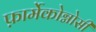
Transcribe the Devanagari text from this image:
फ़ार्मेकोग्नोसी